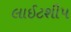
લાઈટશીપ